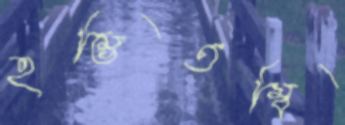
হম্ভিতম্বি